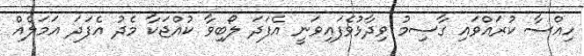
ހިއްސާ ކުރައްވައި ގާސިމު ވިދާޅުވެފައިވަނީ އެފަދަ ލޯބިވާ ކުއްޖަކާ މެދު އެފަދަ އަމަލެއް